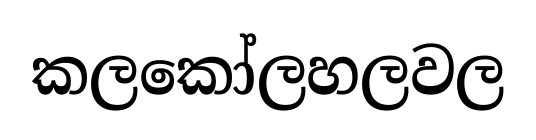
කලකෝලහලවල